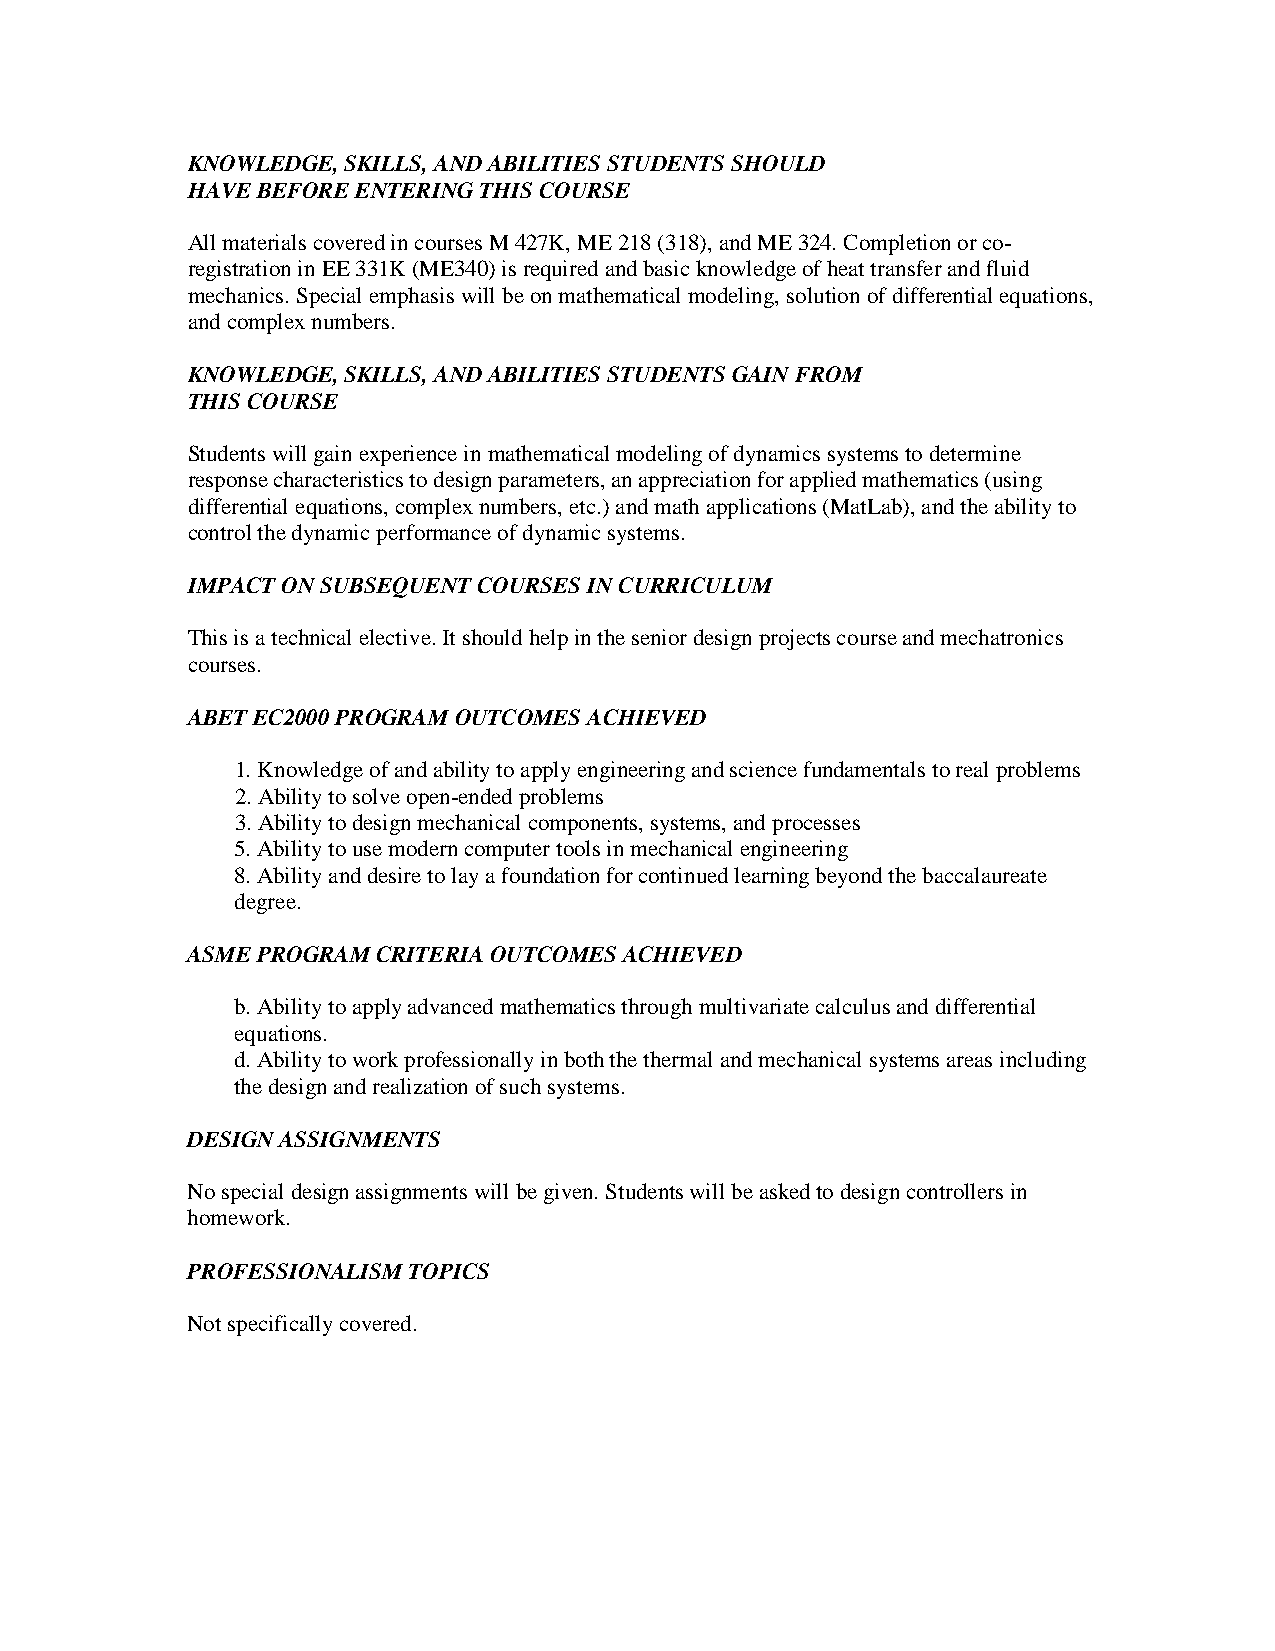
KNOWLEDGE, SKILLS, AND ABILITIES STUDENTS SHOULD
 HAVE BEFORE ENTERING THIS COURSE
 All materials covered in courses M 427K, ME 218 (318), and ME 324. Completion or co-
 registration in EE 331K (ME340) is required and basic knowledge of heat transfer and fluid
 mechanics. Special emphasis will be on mathematical modeling, solution of differential equations,
 and complex numbers.
 KNOWLEDGE, SKILLS, AND ABILITIES STUDENTS GAIN FROM
 THIS COURSE
 Students will gain experience in mathematical modeling of dynamics systems to determine
 response characteristics to design parameters, an appreciation for applied mathematics (using
 differential equations, complex numbers, etc.) and math applications (MatLab), and the ability to
 control the dynamic performance of dynamic systems.
 IMPACT ON SUBSEQUENT COURSES IN CURRICULUM
 This is a technical elective. It should help in the senior design projects course and mechatronics
 courses.
 ABET EC2000 PROGRAM OUTCOMES ACHIEVED
 1. Knowledge of and ability to apply engineering and science fundamentals to real problems
 2. Ability to solve open-ended problems
 3. Ability to design mechanical components, systems, and processes
 5. Ability to use modern computer tools in mechanical engineering
 8. Ability and desire to lay a foundation for continued learning beyond the baccalaureate
 degree.
 ASME PROGRAM CRITERIA OUTCOMES ACHIEVED
 b. Ability to apply advanced mathematics through multivariate calculus and differential
 equations.
 d. Ability to work professionally in both the thermal and mechanical systems areas including
 the design and realization of such systems.
 DESIGN ASSIGNMENTS
 No special design assignments will be given. Students will be asked to design controllers in
 homework.
 PROFESSIONALISM TOPICS
 Not specifically covered.